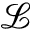
\mathcal { L }